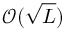
\mathcal { O } ( \sqrt { L } )